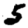
Digit: 5